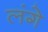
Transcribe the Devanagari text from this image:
लंगे